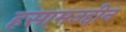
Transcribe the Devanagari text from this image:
हसामउद्दीन